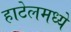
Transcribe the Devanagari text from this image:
हाटेलमध्ये